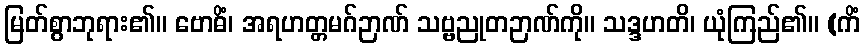
မြတ်စွာဘုရား၏။ ဗောဓိံ၊ အရဟတ္တမဂ်ဉာဏ် သဗ္ဗညုတဉာဏ်ကို။ သဒ္ဒဟတိ၊ ယုံကြည်၏။ (ကိံ